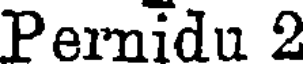
Pernidu 2